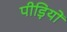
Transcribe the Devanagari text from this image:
पीड़ियों